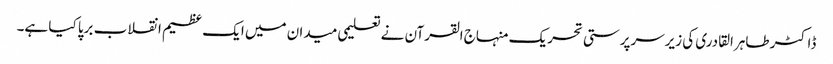
ڈاکٹر طاہرالقادری کی زیرسرپرستی تحریک منہاج القرآن نے تعلیمی میدان میں ایک عظیم انقلاب برپا کیا ہے۔